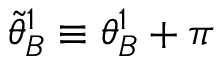
\tilde { \theta } _ { B } ^ { 1 } \equiv \theta _ { B } ^ { 1 } + \pi